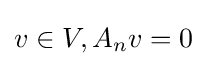
v\in V,A_{n}v=0